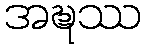
အဍ္ဎဿ